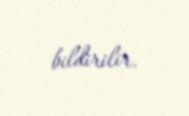
bildirilir.